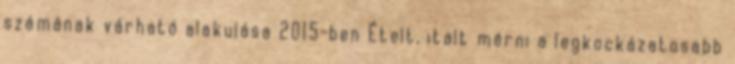
számának várható alakulása 2015-ben Ételt, italt mérni a legkockázatosabb